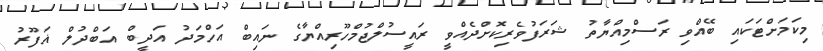
މިކަމަށްޓަކައި ބޭއްވި ރަސްމިއްޔާތު ޝަރަފުވެރިކޮށްދެއްވީ ރައީސުލްޖުމްހޫރިއްޔާގެ ނައިބް އަހްމަދު އަދީބް އަބްދުލް ޣަފޫރު